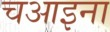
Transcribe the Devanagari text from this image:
चआइना